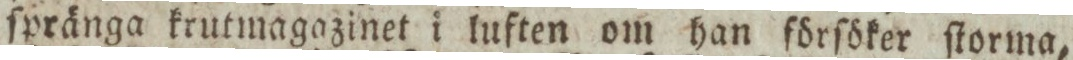
ſpränga krutmagazinet i luften om han förſöker ſtorma,